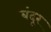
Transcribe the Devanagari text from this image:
बंदूर